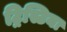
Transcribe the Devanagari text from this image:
ट्रिस्टिया